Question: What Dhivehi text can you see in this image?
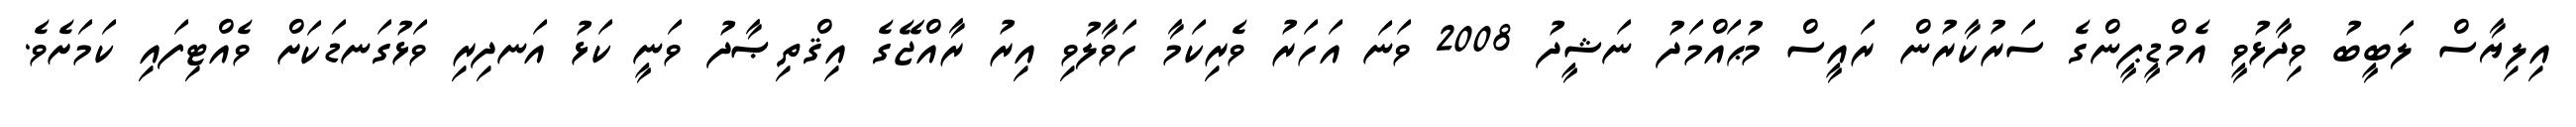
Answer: އިލިޔާސް ލަބީބު ވިދާޅުވީ އެމްޑީޕީންގެ ސަރުކާރުން ރައީސް މުޙައްމަދު ނަޝީދު 2008 ވަނަ އަހަރު ވެރިކަމާ ހަވާލުވި އިރު ރާއްޖޭގެ އިޤްތިޞާދު ވަނީ ކަޅު އަނދިރި ވަޅުގަނޑަކަށް ވެއްޓިފައި ކަމަށެވެ.